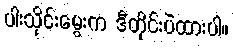
ပါးသိုင်းမွေးက ဒီတိုင်းပဲထားပါ။